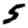
Digit: 5